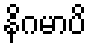
နိဂမာပိ